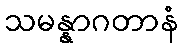
သမန္နာဂတာနံ